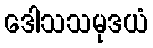
ဒေါသသမုဒယံ